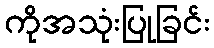
ကိုအသုံးပြုခြင်း